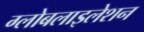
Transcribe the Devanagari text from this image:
ग्‍लोबलाइलेशन